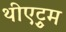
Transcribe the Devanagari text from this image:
थीएट्रुम